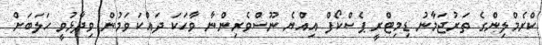
ކްރެމްލިންގެ ތަރުޖަމާނު ޑިމިޓްރީ ޕެސްކޯފް އިއްޔެ ނޫސްވެރިންނާ ވާހަކަ ދައްކަވަމުން ވިދާޅުވީ ހަލަބަށް